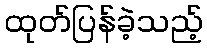
ထုတ်ပြန်ခဲ့သည့်